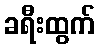
ခရီးထွက်